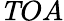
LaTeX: \mathit TOA